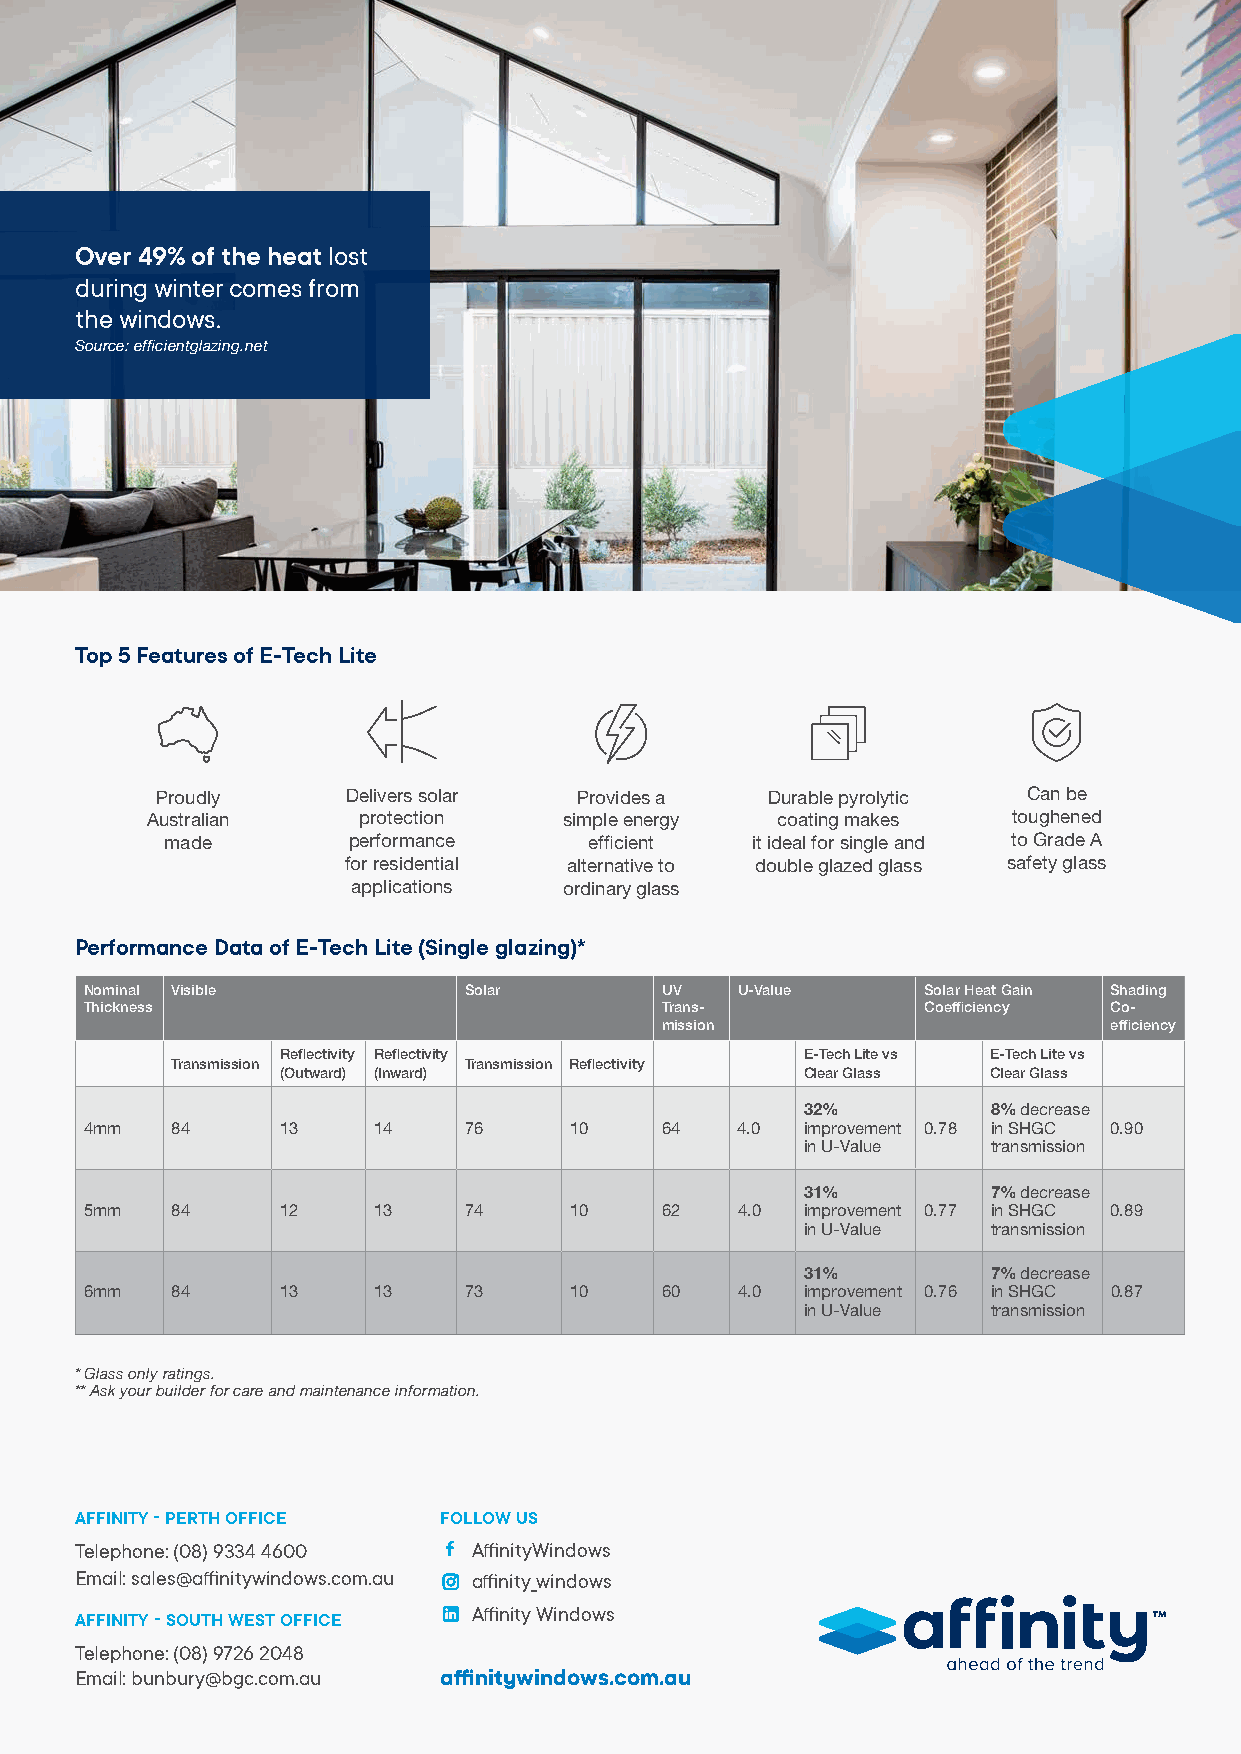
Over 49% of the heat lost
 during winter comes from
 the windows.
 Source: efficientglazing.net
 Top 5 Features of E-Tech Lite
 Proudly      Delivers solar Provides a   Durable pyrolytic Can be
 Australian    protection   simple energy coating makes   toughened
 made        performance     efficient  it ideal for single and to Grade A
 for residential alternative to double glazed glass safety glass
 applications  ordinary glass
 Performance Data of E-Tech Lite (Single glazing)*
 Nominal Visible          Solar        UV   U-Value     Solar Heat Gain Shading
 Thickness                             Trans-           Coefficiency Co-
 mission                      efficiency
 Reflectivity Reflectivity         E-Tech Lite vs E-Tech Lite vs
 Transmission        Transmission Reflectivity
 (Outward) (Inward)                Clear Glass  Clear Glass
 32%          8% decrease
 4mm  84      13    14    76     10    64   4.0 improvement 0.78 in SHGC 0.90
 in U-Value   transmission
 31%          7% decrease
 5mm  84      12    13    74     10    62   4.0 improvement 0.77 in SHGC 0.89
 in U-Value   transmission
 31%          7% decrease
 6mm  84      13    13    73     10    60   4.0 improvement 0.76 in SHGC 0.87
 in U-Value   transmission
 * Glass only ratings.
 ** Ask your builder for care and maintenance information.
 AFFINITY - PERTH OFFICE FOLLOW US
 Telephone: (08) 9334 4600 AffinityWindows
 Email: sales@affinitywindows.com.au affinity_windows
 Affinity Windows
 AFFINITY - SOUTH WEST OFFICE
 Telephone: (08) 9726 2048
 Email: bunbury@bgc.com.au affinitywindows.com.au